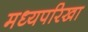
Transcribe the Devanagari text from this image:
मध्यपरिखा